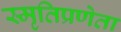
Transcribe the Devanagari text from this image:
स्मृतिप्रणेता